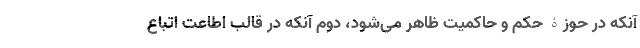
آنکه در حوزۀ حکم و حاکمیت ظاهر می‌شود، دوم آنکه در قالب اطاعت اتباع